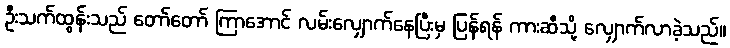
ဦးသက်ထွန်းသည် တော်တော် ကြာအောင် လမ်းလျှောက်နေပြီးမှ ပြန်ရန် ကားဆီသို့ လျှောက်လာခဲ့သည်။